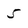
Character: 5